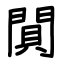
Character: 閴